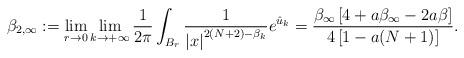
LaTeX: \begin{align*}\beta_{2,\infty}:=\lim_{r\to0}\lim_{k\to+\infty}\frac{1}{2\pi}\int_{B_r}\frac{1}{\left|x\right|^{2(N+2)-\beta_k}}e^{\hat{u}_{k}}=\frac{\beta_{\infty}\left[4+a\beta_{\infty}-2a\beta\right]}{4\left[1-a(N+1)\right]}.\end{align*}